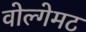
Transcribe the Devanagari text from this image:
वोल्गेमट